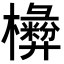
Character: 𣟗